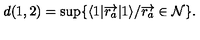
d ( 1 , 2 ) = \sup \{ \langle 1 | { \overrightarrow { r _ { a } } } | 1 \rangle / { \overrightarrow { r _ { a } } } \in \mathcal { N } \} .